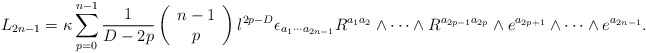
\begin{align*}L_{2n-1}=\kappa\sum_{p=0}^{n-1} \frac{1}{D-2p} \left( \begin{array}{c}n-1 \\p \end{array} \right) l^{2p-D} \epsilon_{a_1 \cdots a_{2n-1}}R^{a_1 a_2}\wedge \cdots \wedge R^{a_{2p-1} a_{2p}}\wedge e^{a_{2p+1}}\wedge \cdots \wedge e^{a_{2n-1}}.\end{align*}